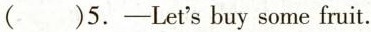
( )5.-Let's buy some fruit.